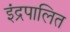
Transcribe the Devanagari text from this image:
इंद्रपालित